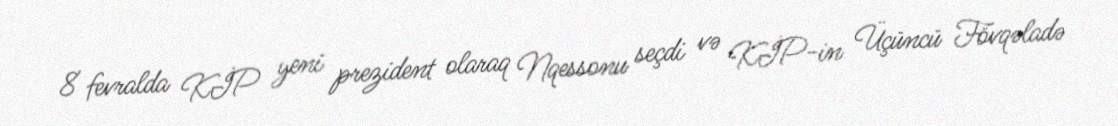
8 fevralda KİP yeni prezident olaraq Nqessonu seçdi və KİP-in Üçüncü Fövqəladə